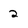
Character: 2